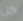
اكل